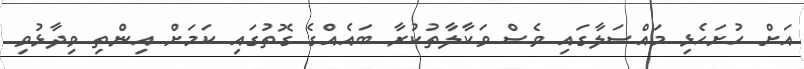
އަށް ހުށަހެޅި މައްސަލާގައި ވެސް ވަކާލާތުކުރާ ބައެއްގެ ގޮތުގައި ކަމަށް އިންތި ވިދާޅުވި